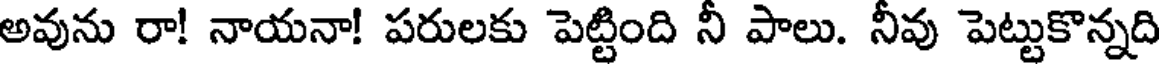
అవును రా! నాయనా! పరులకు పెట్టింది నీ పాలు. నీవు పెట్టుకొన్నది